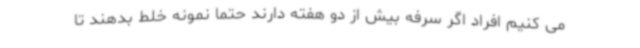
می کنیم افراد اگر سرفه بیش از دو هفته دارند حتما نمونه خلط بدهند تا